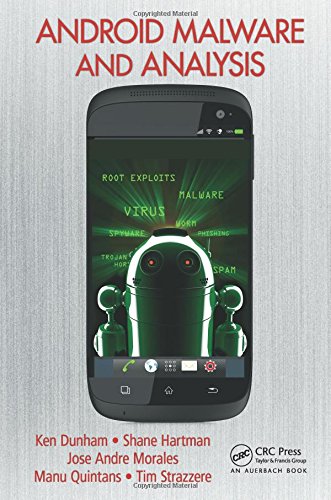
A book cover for Android Malware and Analysis; Ken Dunham; Computers & Technology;